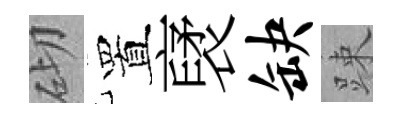
砌置裦缺踈